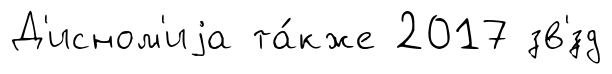
Д'исном'иjа та́кже 2017 зв'́зд